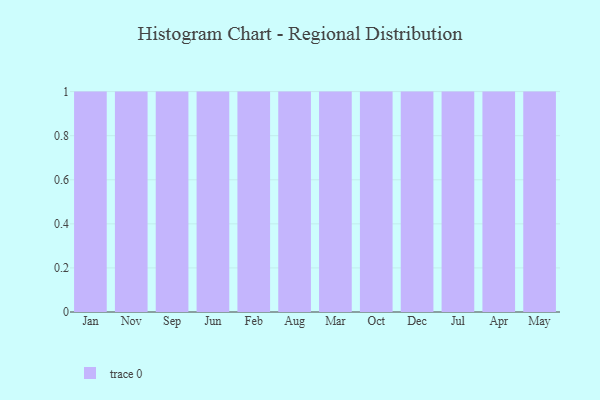
{"axis": {"x": "Month", "y": "Energy Usage (MWh)"}, "legend": [""], "data": [{"x": "Jan", "y": 84, "type": ""}, {"x": "Nov", "y": 43, "type": ""}, {"x": "Sep", "y": 91, "type": ""}, {"x": "Jun", "y": 77, "type": ""}, {"x": "Feb", "y": 71, "type": ""}, {"x": "Aug", "y": 27, "type": ""}, {"x": "Mar", "y": 34, "type": ""}, {"x": "Oct", "y": 56, "type": ""}, {"x": "Dec", "y": 66, "type": ""}, {"x": "Jul", "y": 100, "type": ""}, {"x": "Apr", "y": 57, "type": ""}, {"x": "May", "y": 35, "type": ""}]}